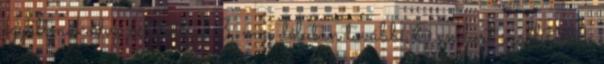
együttműködve délelőtt 23, míg délután további 6 embert szállítottak